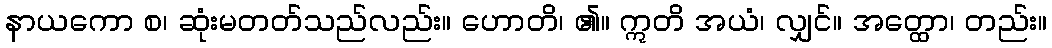
နာယကော စ၊ ဆုံးမတတ်သည်လည်း။ ဟောတိ၊ ၏။ ဣတိ အယံ၊ လျှင်။ အတ္ထော၊ တည်း။